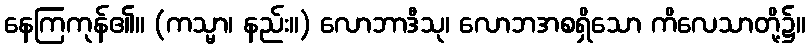
နေကြကုန်၏။ (ကသ္မာ၊ နည်း။) လောဘာဒီသု၊ လောဘအစရှိသော ကိလေသာတို့၌။